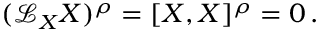
( { \mathcal { L } } _ { X } X ) ^ { \rho } = [ X , X ] ^ { \rho } = 0 \, .